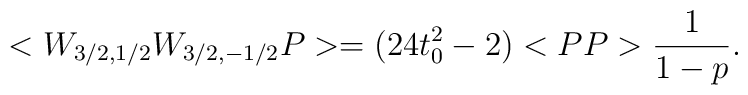
<W_{3/2,1/2}W_{3/2,-1/2}P>=(24t_{0}^{2}-2)<PP>\frac{1}{1-p} .